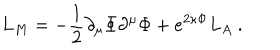
L _ { M } = - \frac { 1 } { 2 } \partial _ { \mu } \Phi \partial ^ { \mu } \Phi + e ^ { 2 \kappa \Phi } L _ { A } \ .